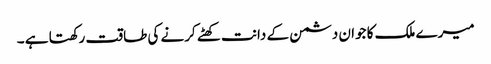
میرے ملک کا جوان دشمن کے دانت کھٹے کرنے کی طاقت رکھتا ہے ۔